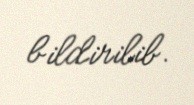
bildirilib.